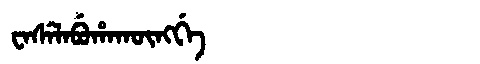
Manchu: ᠸᠠᠰᡝᠯᠠᠪᡠᡥᠠᡴᡡᠩᡤᡝ
Romanization: WASELABUHAKŪNGGE